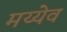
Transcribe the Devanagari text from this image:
मय्येव